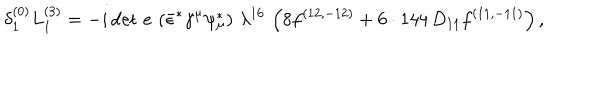
LaTeX: { \delta _ { 1 } ^ { ( 0 ) } L _ { 1 } ^ { ( 3 ) } = - i \, { \det \, e } \, \left( \bar { \epsilon } ^ { * } \gamma ^ { \mu } \psi _ { \mu } ^ { * } \right) \, \lambda ^ { 1 6 } \, \left( 8 f ^ { ( 1 2 , - 1 2 ) } + 6 \cdot 1 4 4 \, D _ { 1 1 } f ^ { ( 1 1 , - 1 1 ) } \right) , }